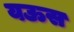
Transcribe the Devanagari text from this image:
यऊस